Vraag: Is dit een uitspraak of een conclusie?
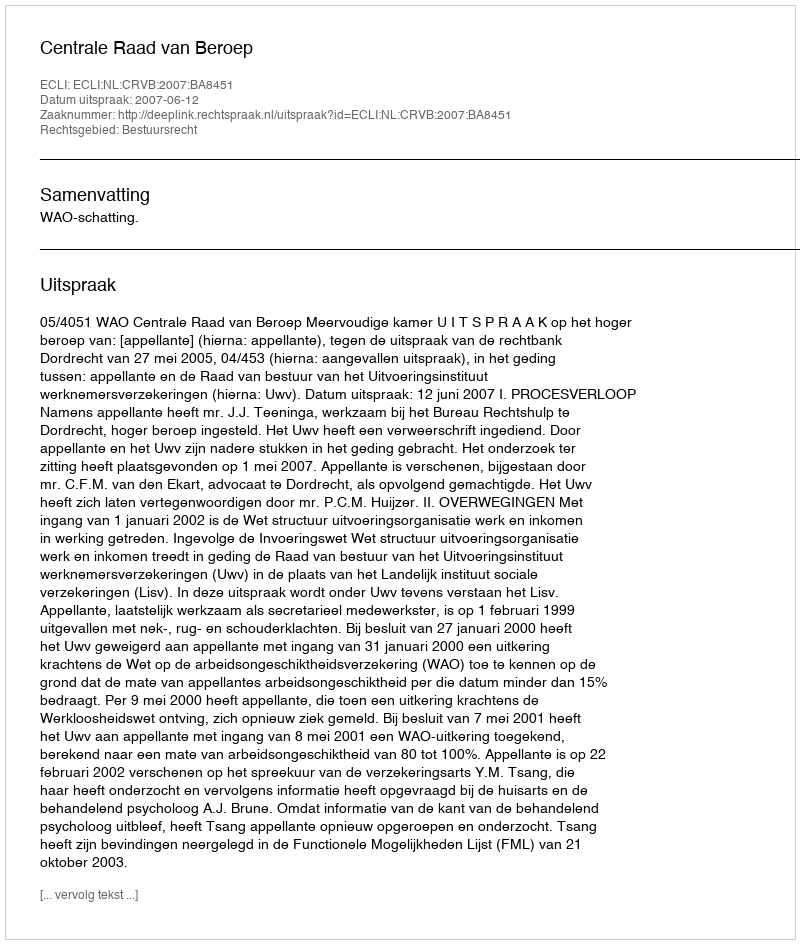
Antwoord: Uitspraak